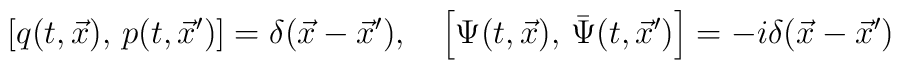
\left[q(t,\vec{x}),\,p(t,\vec{x}')\right]=\delta(\vec{x}-\vec{x}'),\quad \left[\Psi(t,\vec{x}),\,\bar{\Psi}(t,\vec{x}')\right]= -i\delta(\vec{x}-\vec{x}')